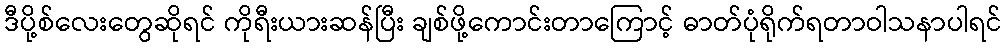
ဒီပို့စ်လေးတွေဆိုရင် ကိုရီးယားဆန်ပြီး ချစ်ဖို့ကောင်းတာကြောင့် ဓာတ်ပုံရိုက်ရတာဝါသနာပါရင်